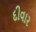
દીવાર